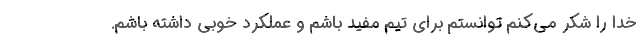
خدا را شکر می‌کنم توانستم برای تیم مفید باشم و عملکرد خوبی داشته باشم.